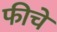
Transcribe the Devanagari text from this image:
फीचे